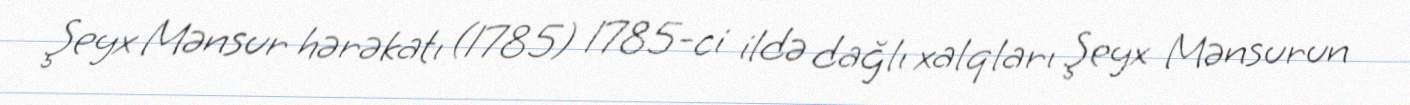
Şeyx Mənsur hərəkatı (1785) 1785-ci ildə dağlı xalqları Şeyx Mənsurun